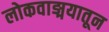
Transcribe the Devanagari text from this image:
लोकवाङ्मयातून